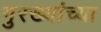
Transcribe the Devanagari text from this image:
गुरख्यांच्या